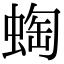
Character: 蜪